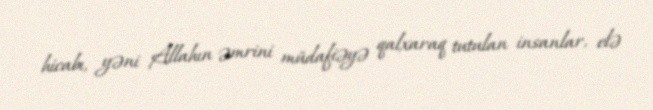
hicabı, yəni Allahın əmrini müdafiəyə qalxaraq tutulan insanlar, elə